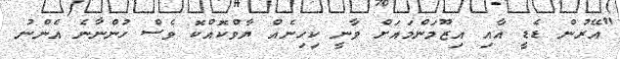
"އޭރުން ޑެޑީ އާއި އިޒޫމަންމައަށް ވާނީ ކިހިނެއް ޔާވްކޮއްކޮ ވެސް ހުންނާނެ އެންނު